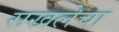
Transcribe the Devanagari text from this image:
सखलेचा